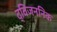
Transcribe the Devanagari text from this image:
द्विजननिक